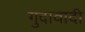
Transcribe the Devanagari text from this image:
गुदावादी